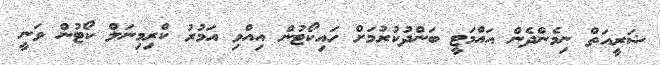
ޝަރީއަތް ނިމެންދެން އައްމަޓީ ބަންދުކުރުމަށް ހައިކޯޓުން އިއްވި އަމުރު ކްރިމިނަލް ކޯޓުން ވަނީ